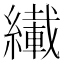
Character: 𫄇